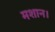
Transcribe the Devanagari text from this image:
मशान।